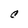
Character: C